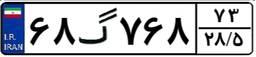
۶۸گ۷۶۸۷۳